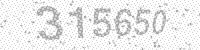
Solution: 315650